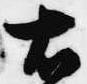
右